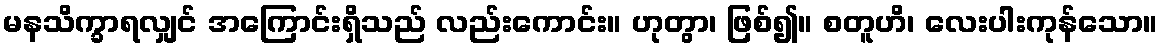
မနသိက္ခာရလျှင် အကြောင်းရှိသည် လည်းကောင်း။ ဟုတွာ၊ ဖြစ်၍။ စတူဟိ၊ လေးပါးကုန်သော။